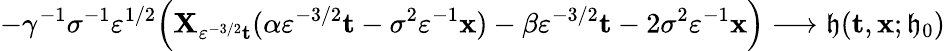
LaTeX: -\gamma^{-1}\sigma^{-1}\varepsilon^{1/2}\Big(\mathbf{X}_{\varepsilon^{-3/2}\mathbf{{t}}}(\alpha\varepsilon^{-3/2}\mathbf{{t}}-\sigma^{2}\varepsilon^{-1}\mathbf{{x}})-\beta\varepsilon^{-3/2}\mathbf{{t}}-2\sigma^{2}\varepsilon^{-1}\mathbf{{x}}\Big)\longrightarrow\mathfrak{{h}}(\mathbf{{t}},\mathbf{{x}};\mathfrak{{h}}_{0})